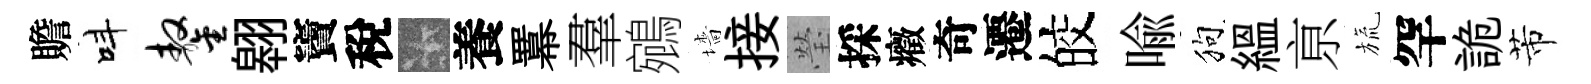
贍呌鏊翱竇稅卡養羃羣鵷墻接瑩採癥奇遷皎喩狗緼亰旒罕詭芾